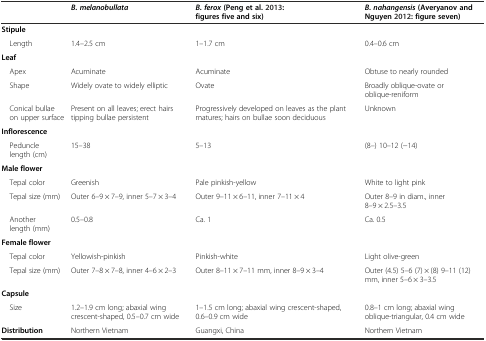
<table><thead><tr><td></td><td><b><i>B. melanobullata</i></b></td><td><b><i>B. ferox</i>(Peng et al.[2013]: figures five and six)</b></td><td><b><i>B. nahangensis</i>(Averyanov and Nguyen[2012]: figure seven)</b></td></tr></thead><tbody><tr><td><b>Stipule</b></td><td></td><td></td><td></td></tr><tr><td> Length</td><td>1.4–2.5 cm</td><td>1–1.7 cm</td><td>0.4–0.6 cm</td></tr><tr><td><b>Leaf</b></td><td></td><td></td><td></td></tr><tr><td> Apex</td><td>Acuminate</td><td>Acuminate</td><td>Obtuse to nearly rounded</td></tr><tr><td> Shape</td><td>Widely ovate to widely elliptic</td><td>Ovate</td><td>Broadly oblique-ovate or oblique-reniform</td></tr><tr><td> Conical bullae on upper surface</td><td>Present on all leaves; erect hairs tipping bullae persistent</td><td>Progressively developed on leaves as the plant matures; hairs on bullae soon deciduous</td><td>Unknown</td></tr><tr><td><b>Inflorescence</b></td><td></td><td></td><td></td></tr><tr><td> Peduncle length (cm)</td><td>15–38</td><td>5–13</td><td>(8–) 10–12 (−14)</td></tr><tr><td><b>Male flower</b></td><td></td><td></td><td></td></tr><tr><td> Tepal color</td><td>Greenish</td><td>Pale pinkish-yellow</td><td>White to light pink</td></tr><tr><td> Tepal size (mm)</td><td>Outer 6–9 × 7–9, inner 5–7 × 3–4</td><td>Outer 9–11 × 6–11, inner 7–11 × 4</td><td>Outer 8–9 in diam., inner 8–9 × 2.5–3.5</td></tr><tr><td> Another length (mm)</td><td>0.5–0.8</td><td>Ca. 1</td><td>Ca. 0.5</td></tr><tr><td><b>Female flower</b></td><td></td><td></td><td></td></tr><tr><td> Tepal color</td><td>Yellowish-pinkish</td><td>Pinkish-white</td><td>Light olive-green</td></tr><tr><td> Tepal size (mm)</td><td>Outer 7–8 × 7–8, inner 4–6 × 2–3</td><td>Outer 8–11 × 7–11 mm, inner 8–9 × 3–4</td><td>Outer (4.5) 5–6 (7) × (8) 9–11 (12) mm, inner 5–6 × 3–3.5</td></tr><tr><td><b>Capsule</b></td><td></td><td></td><td></td></tr><tr><td> Size</td><td>1.2–1.9 cm long; abaxial wing crescent-shaped, 0.5–0.7 cm wide</td><td>1–1.5 cm long; abaxial wing crescent-shaped, 0.6–0.9 cm wide</td><td>0.8–1 cm long; abaxial wing oblique-triangular, 0.4 cm wide</td></tr><tr><td><b>Distribution</b></td><td>Northern Vietnam</td><td>Guangxi, China</td><td>Northern Vietnam</td></tr></tbody></table>